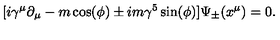
[ i \gamma ^ { \mu } \partial _ { \mu } - m \cos ( \phi ) \pm i m \gamma ^ { 5 } \sin ( \phi ) ] \Psi _ { \pm } ( x ^ { \mu } ) = 0 .